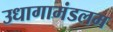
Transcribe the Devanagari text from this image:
उधागामंडलम